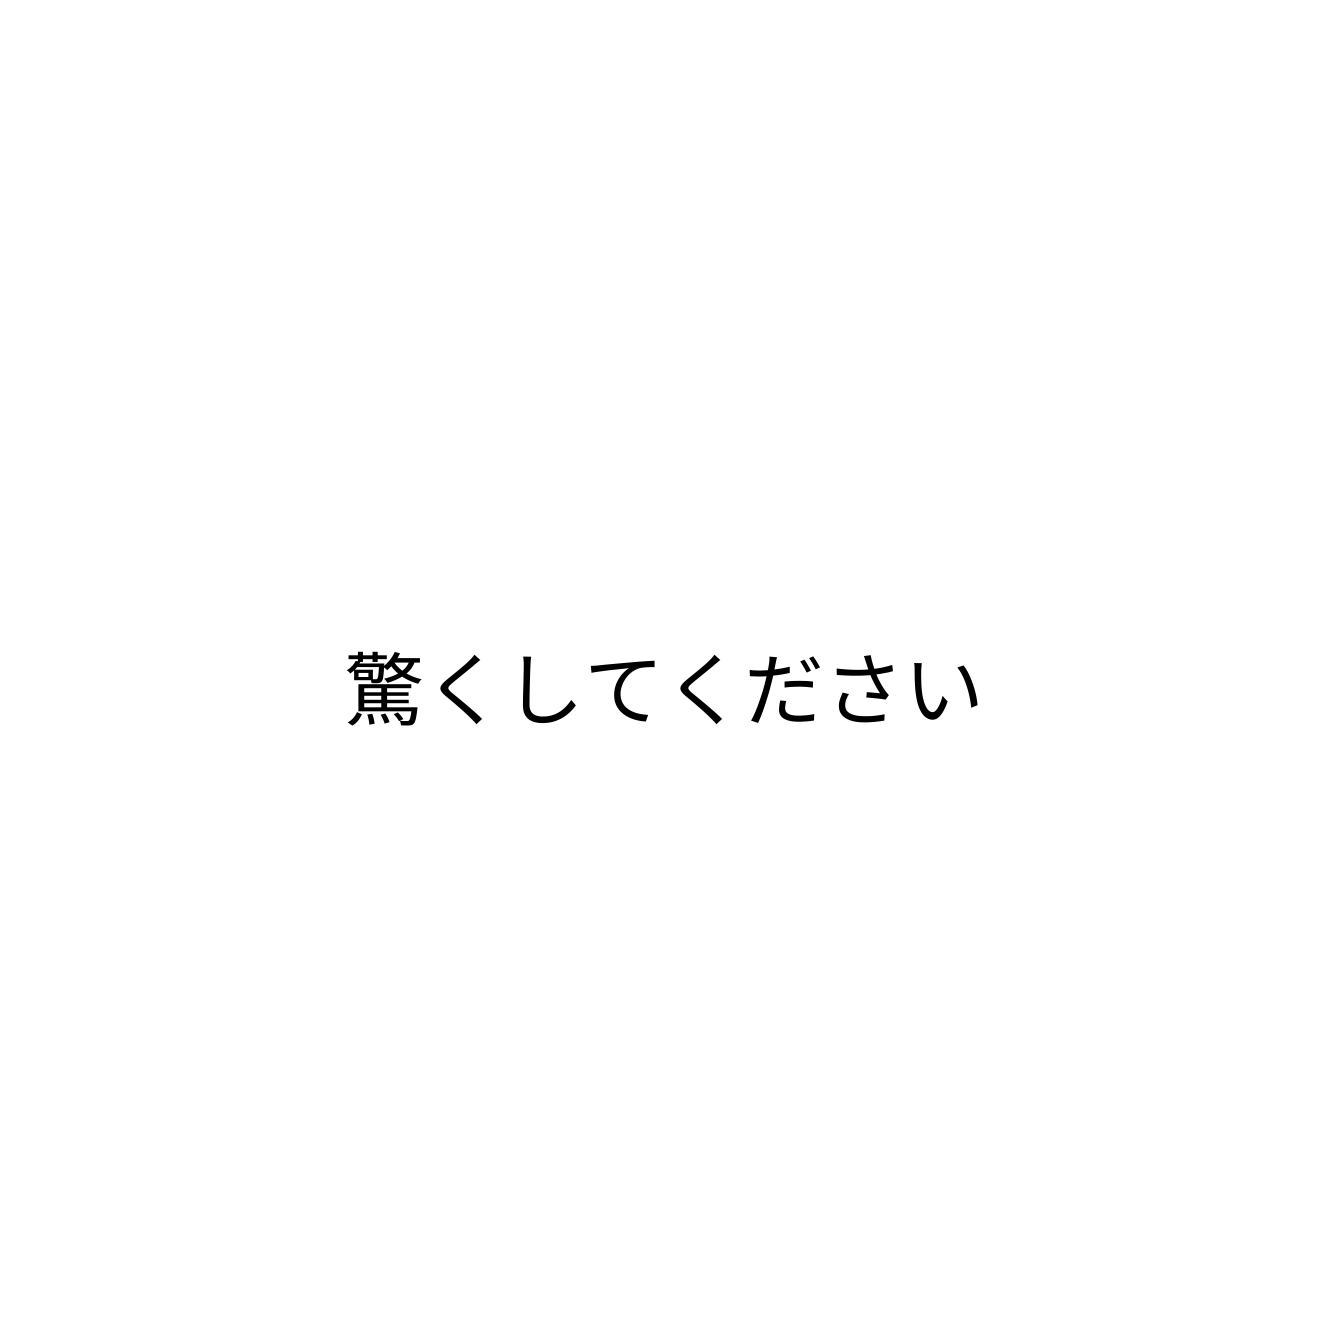
驚くしてください